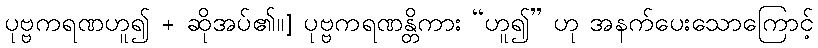
ပုဗ္ဗကရဏဟူ၍ + ဆိုအပ်၏။] ပုဗ္ဗကရဏန္တိကား “ဟူ၍” ဟု အနက်ပေးသောကြောင့်